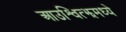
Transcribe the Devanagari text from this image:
आउश्वित्झमध्ये